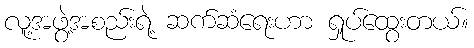
လူ့အဖွဲ့အစည်းရဲ့ ဆက်ဆံရေးဟာ ရှုပ်ထွေးတယ်။